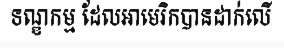
ទណ្ឌកម្ម ដែលអាមេរិកបានដាក់លើ